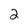
Character: 2